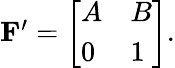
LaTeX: \begin{array}{r}{\mathbf{F^{\prime}}=\left[\begin{array}{ll}{A}&{B}\\ {0}&{1}\end{array}\right].}\end{array}